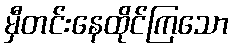
မှီတင်းနေထိုင်ကြသော